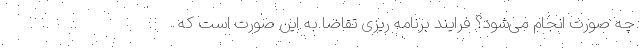
چه صورت انجام می‌شود؟ فرایند برنامه ریزی تقاضا به این صورت است که